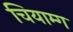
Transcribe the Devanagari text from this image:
चियाम्ग